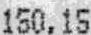
150.15